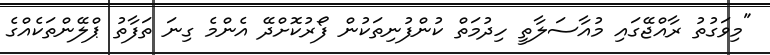
"މިވަގުތު ރާއްޖޭގައި މުއާސަލާތީ ހިދުމަތް ކުންފުނިތަކުން ފޯރުކޮށްދޭ އެންމެ ގިނަ ތަފާތު ޕްލޭންތަކެއްގެ